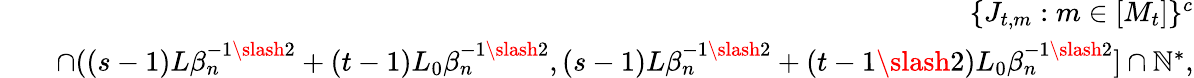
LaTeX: \begin{array}{rlr}&{}&{\{ J_{t,m}:m\in[M_{t}]\} ^{c}}\\ &{}&{\cap((s-1)L\beta_{n}^{-1\slash 2}+(t-1)L_{0}\beta_{n}^{-1\slash 2},(s-1)L\beta_{n}^{-1\slash 2}+(t-1\slash 2)L_{0}\beta_{n}^{-1\slash 2}]\cap\mathbb{N}^{*},}\end{array}